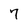
Character: 7